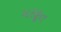
મરહૂત